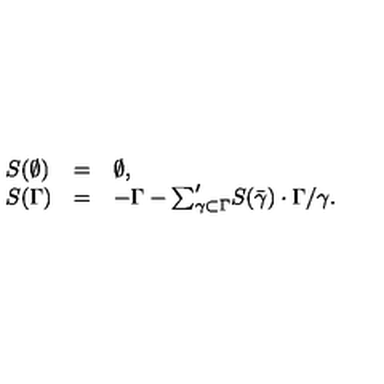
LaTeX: \begin{array} { l l l } { S ( \emptyset ) } & { = } & { \emptyset , } \\ { S ( \Gamma ) } & { = } & { - \Gamma - { \sum } _ { \gamma \subset \Gamma } ^ { \prime } S ( \bar { \gamma } ) \cdot \Gamma / \gamma . } \\ \end{array}